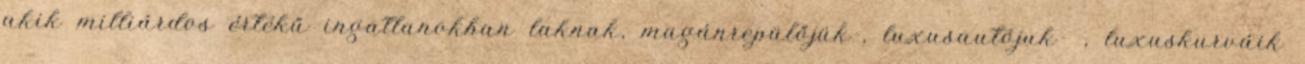
akik milliárdos értékű ingatlanokban laknak, magánrepülőjük-, luxusautójuk- , luxuskurváik